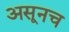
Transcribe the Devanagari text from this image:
असूनच